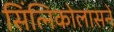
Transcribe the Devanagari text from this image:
सिंत्निकोलासने